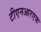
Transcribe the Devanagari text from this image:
टीएनआरएफ